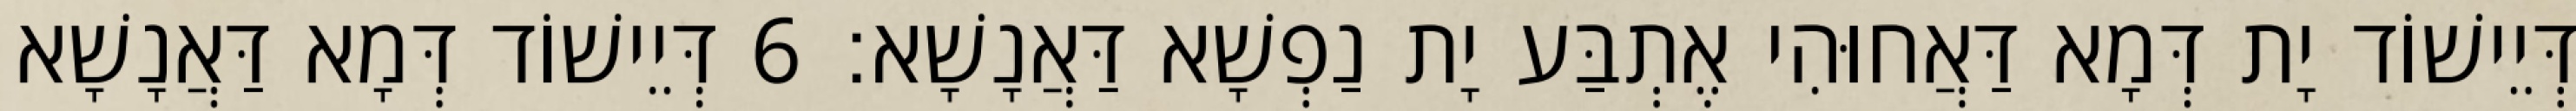
דְּיֵישׁוֹד יָת דְּמָא דַּאֲחוּהִי אֶתְבַּע יָת נַפְשָׁא דַּאֲנָשָׁא׃ 6 דְּיֵישׁוֹד דְּמָא דַּאֲנָשָׁא